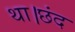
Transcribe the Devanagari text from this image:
था।छंद